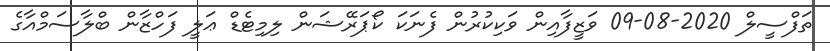
ތަފްސީލް 2020-08-09 ވަޒީފާއިން ވަކިކުރުން ފެނަކަ ކޯޕަރޭޝަން ލިމިޓެޑް ޢަލީ ފަހްޒާން ބްލާސަމްއާގެ